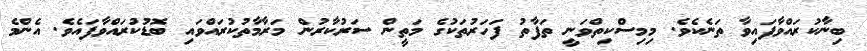
ބިނާކުރައްވާފައިވާ ތަނެކެވެ. މިމިސްކިތްވަނީ ތަފާތު ފަހަރުތަކުގެ މަތީން ސަރުކާރުން މަރާމާތުކުރައްވައި ބޮޑުކުރައްވާފައެވެ. އެންމެ